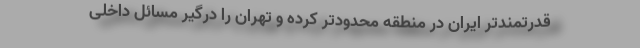
قدرتمندتر ایران در منطقه محدودتر کرده و تهران را درگیر مسائل داخلی